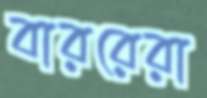
বাররেরা